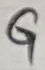
Text: G